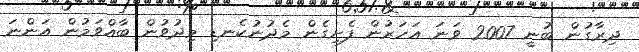
ދިރާގުން ބުނީ 2007 ވަނަ އަހަރުން ފެށިގެން މެދުނުކެނޑި މިދުވުން ބާއްވަމުން އަންނަ